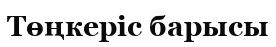
Төңкеріс барысы